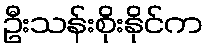
ဦးသန်းစိုးနိုင်က